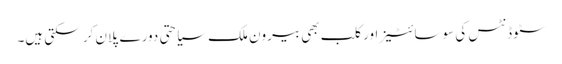
سٹوڈنٹس کی سوسائٹیز اور کلب بھی بیرون ملک سیاحتی دورے پلان کر سکتی ہیں۔